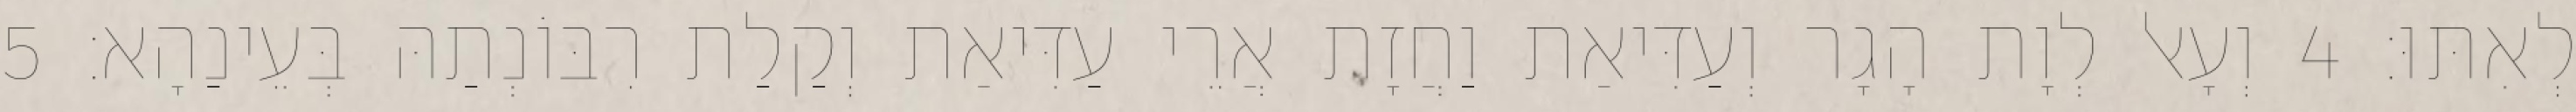
לְאִתּוּ׃ 4 וְעָאל לְוָת הָגָר וְעַדִּיאַת וַחֲזָת אֲרֵי עַדִּיאַת וְקַלַת רִבּוֹנְתַהּ בְּעֵינַהָא׃ 5